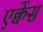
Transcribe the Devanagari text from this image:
एक्वेंस